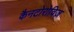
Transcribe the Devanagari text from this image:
कैनटोरोविज़